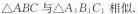
△ABC与△A1B1C1相似。